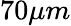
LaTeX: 70\mu m